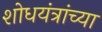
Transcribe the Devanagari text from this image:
शोधयंत्रांच्या